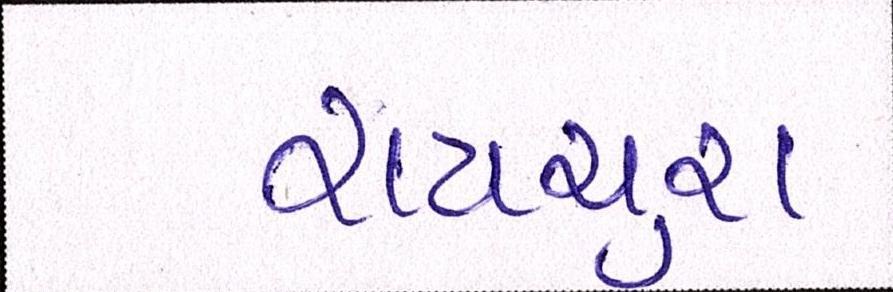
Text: રાયચુરા